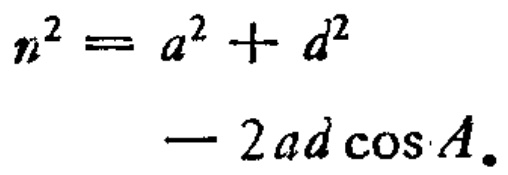
\[
\begin{align*}
n^{2}&=a^{2}+d^{2}\\
&-2ad\cos A.
\end{align*}
\]